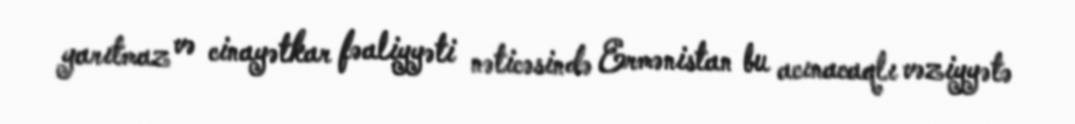
yarıtmaz və cinayətkar fəaliyyəti nəticəsində Ermənistan bu acınacaqlı vəziyyətə